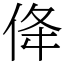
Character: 佭